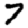
Digit: 7